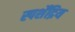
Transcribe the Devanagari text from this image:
स्पर्शेंद्रिय